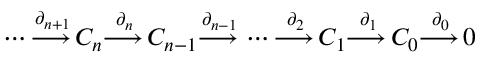
\dotsb { \overset { \partial _ { n + 1 } } { \longrightarrow \, } } C _ { n } { \overset { \partial _ { n } } { \longrightarrow \, } } C _ { n - 1 } { \overset { \partial _ { n - 1 } } { \longrightarrow \, } } \dotsb { \overset { \partial _ { 2 } } { \longrightarrow \, } } C _ { 1 } { \overset { \partial _ { 1 } } { \longrightarrow \, } } C _ { 0 } { \overset { \partial _ { 0 } } { \longrightarrow \, } } 0